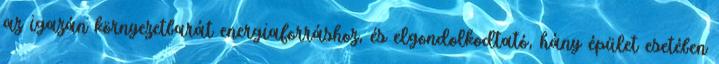
az igazán környezetbarát energiaforráshoz, és elgondolkodtató, hány épület esetében